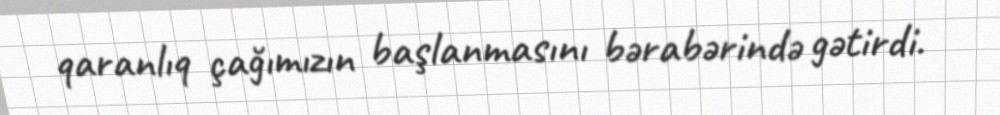
qaranlıq çağımızın başlanmasını bərabərində gətirdi.